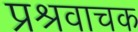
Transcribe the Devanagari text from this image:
प्रश्रवाचक